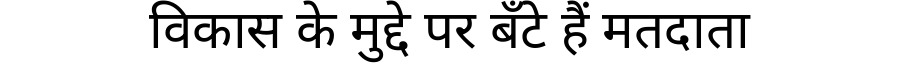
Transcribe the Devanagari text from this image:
विकास के मुद्दे पर बँटे हैं मतदाता